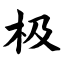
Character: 极